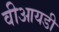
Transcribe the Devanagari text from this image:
वीआयडी